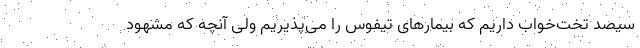
سیصد تخت‌خواب داریم که بیمارهای تیفوس را می‌پذیریم ولی آنچه که مشهود